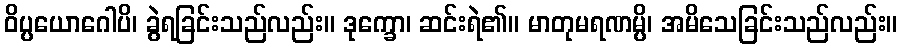
ဝိပ္ပယောဂေါပိ၊ ခွဲရခြင်းသည်လည်း။ ဒုက္ခော၊ ဆင်းရဲ၏။ မာတုမရဏမ္ပိ၊ အမိသေခြင်းသည်လည်း။